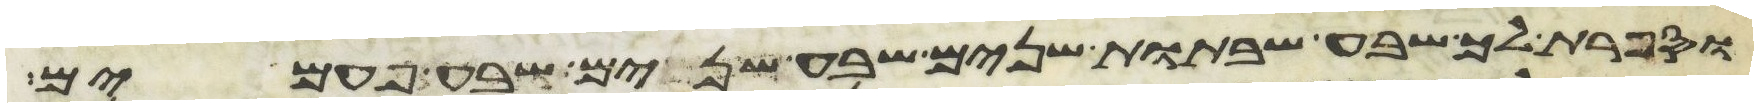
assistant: וספרת לך שבע שבתות שנים שבע שנים שבע פעמים